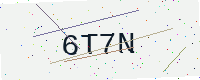
Text: 6T7N